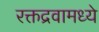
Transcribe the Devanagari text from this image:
रक्तद्रवामध्ये